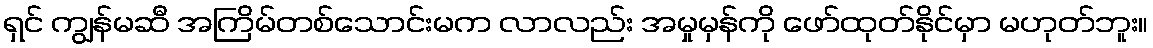
ရှင် ကျွန်မဆီ အကြိမ်တစ်သောင်းမက လာလည်း အမှုမှန်ကို ဖော်ထုတ်နိုင်မှာ မဟုတ်ဘူး။